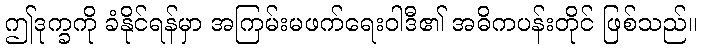
ဤဒုက္ခကို ခံနိုင်ရန်မှာ အကြမ်းမဖက်ရေးဝါဒီ၏ အဓိကပန်းတိုင် ဖြစ်သည်။